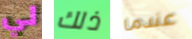
لي ذلك عندما